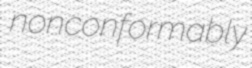
nonconformably